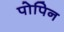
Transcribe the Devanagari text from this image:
पोपिन